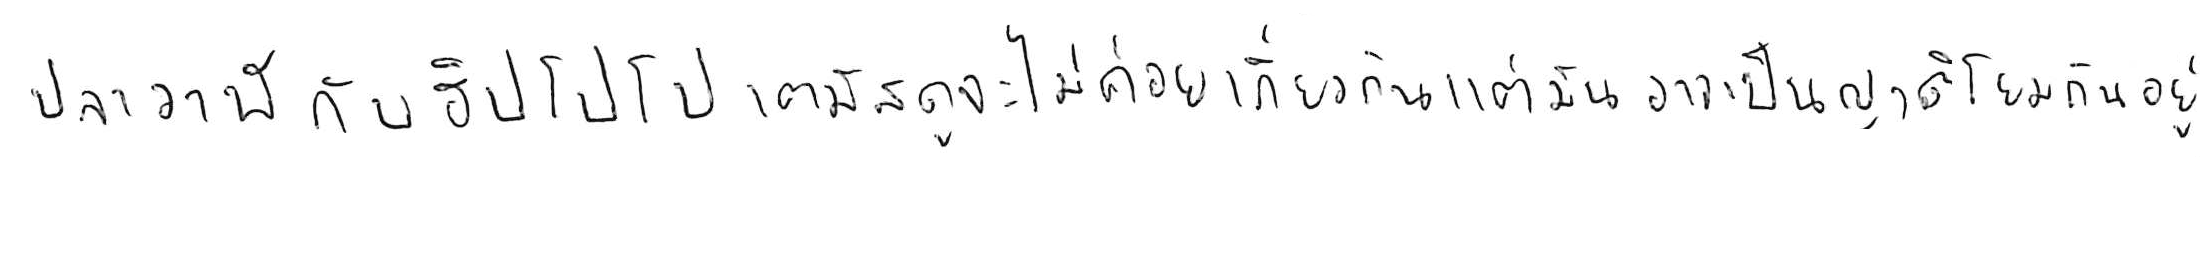
ปลาวาฬ กับ ฮิปโปโปเตมัส ดูจะไม่ค่อยเกี่ยวกัน แต่มันอาจเป็นญาติโยมกันอยู่